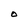
Character: O